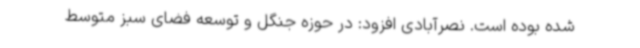
شده بوده است. نصرآبادی افزود: در حوزه جنگل و توسعه فضای سبز متوسط